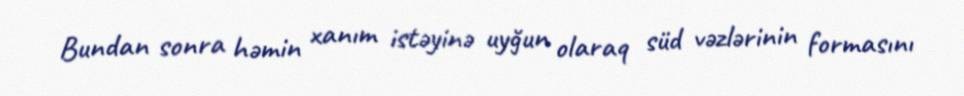
Bundan sonra həmin xanım istəyinə uyğun olaraq süd vəzlərinin formasını